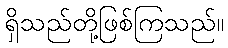
ရှိသည်တို့ဖြစ်ကြသည်။